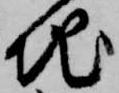
地